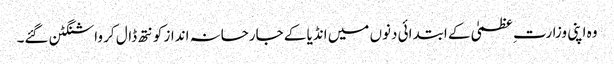
وہ اپنی وزارت ِعظمیٰ کے ابتدائی دنوں میں انڈیا کے جارحانہ انداز کو نتھ ڈال کر واشنگٹن گئے۔